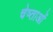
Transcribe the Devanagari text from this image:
चेष्ताओं